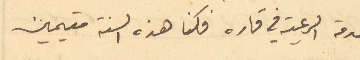
خدمة الرعية في قاره فكنا هذه السنة مقيمين